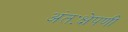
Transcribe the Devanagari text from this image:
अंतःक्षेपणी